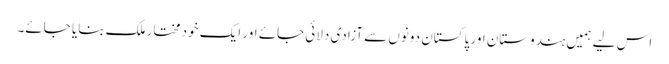
اس لیے ہمیں ہندوستان اور پاکستان دونوں سے آزادی دلائی جائے اور ایک خود مختار ملک بنایا جائے۔